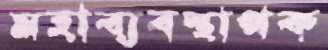
মহাব্যবস্থাপক